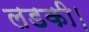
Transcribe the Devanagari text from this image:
लडकी।